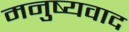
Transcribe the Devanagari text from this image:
मनुष्यवाद